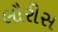
લૌરીસ